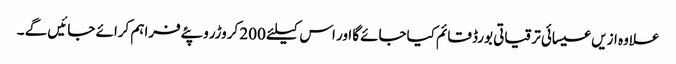
علاوہ ازیں عیسائی ترقیاتی بورڈ قائم کیاجائےگا اور اس کیلئے 200 کروڑروپئےفراہم کرائے جائیں گے ۔